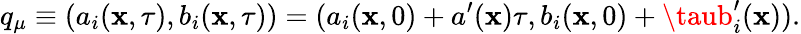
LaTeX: q_{\mu}\equiv(a_{i}(\mathbf{x},\tau),b_{i}(\mathbf{x},\tau))=(a_{i}(\mathbf{x},0)+a^{\prime}(\mathbf{x})\tau,b_{i}(\mathbf{x},0)+\taub_{i}^{\prime}(\mathbf{x})).